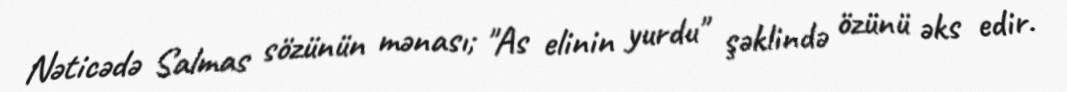
Nəticədə Salmas sözünün mənası; "As elinin yurdu" şəklində özünü əks edir.